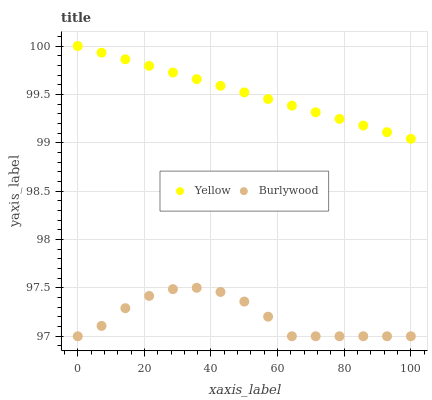
| xaxis_label | Yellow | Burlywood |
 | --- | --- | --- |
 | 0 | 100 | 97 |
 | 7.14 | 99.9 | 97.1 |
 | 14.3 | 99.9 | 97.3 |
 | 21.4 | 99.8 | 97.4 |
 | 28.6 | 99.7 | 97.5 |
 | 35.7 | 99.7 | 97.5 |
 | 42.9 | 99.6 | 97.5 |
 | 50 | 99.5 | 97.4 |
 | 57.1 | 99.5 | 97.2 |
 | 64.3 | 99.4 | 97 |
 | 71.4 | 99.3 | 97 |
 | 78.6 | 99.2 | 97 |
 | 85.7 | 99.2 | 97 |
 | 92.9 | 99.1 | 97 |
 | 100 | 99 | 97 |